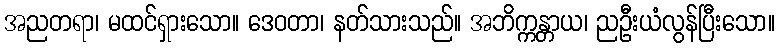
အညတရာ၊ မထင်ရှားသော။ ဒေဝတာ၊ နတ်သားသည်။ အဘိက္ကန္တာယ၊ ညဦးယံလွန်ပြီးသော။